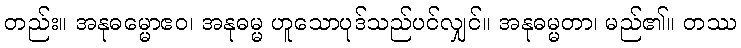
တည်း။ အနုဓမ္မောဧဝ၊ အနုဓမ္မ ဟူသောပုဒ်သည်ပင်လျှင်။ အနုဓမ္မတာ၊ မည်၏။ တဿ